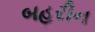
બહરીન